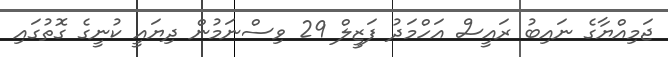
ޖަމިއްޔާގެ ނައިބު ރައީސް އަހްމަދު ފަޒީލް 29 ވިސްނަމުން ދިޔައީ ކުނީގެ ގޮތުގައި